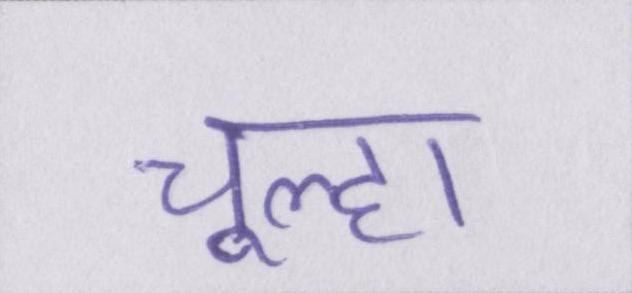
चूल्हा